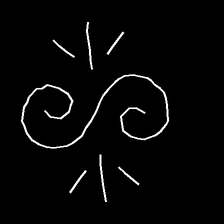
Glyph: wind-directs-air